画像に写った文字を読んでください
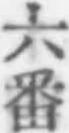
「六番」と書いてあります